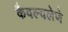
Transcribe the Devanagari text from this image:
कैवल्यलेणे